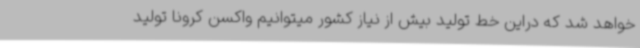
خواهد شد که دراین خط تولید بیش از نیاز کشور میتوانیم واکسن کرونا تولید